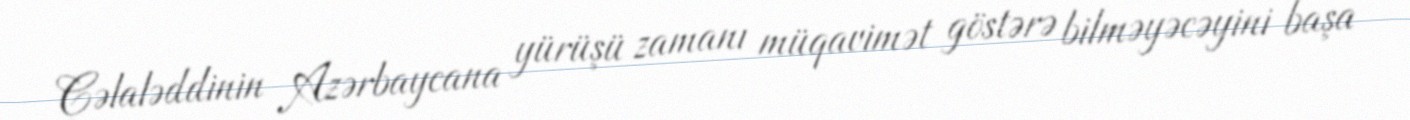
Cəlaləddinin Azərbaycana yürüşü zamanı müqavimət göstərə bilməyəcəyini başa